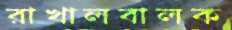
রাখালবালক